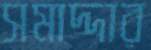
সমাদ্দার